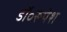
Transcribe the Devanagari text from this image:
डॉ॰रूपेश